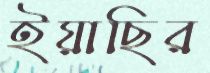
ইয়াছির